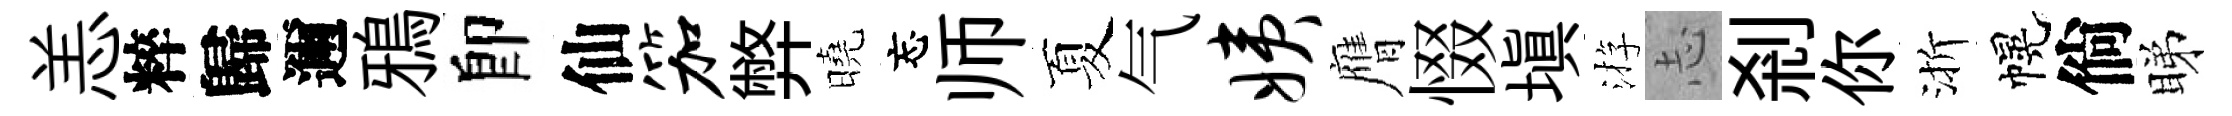
恙粹歸邇鴉卽仙笳弊曉忘师夏气姨膺惙塡㳺𢖽剎你渐幌倘睇